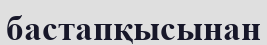
бастапқысынан